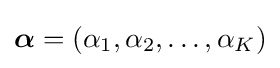
{\boldsymbol {\alpha }}=(\alpha _{1},\alpha _{2},\ldots ,\alpha _{K})